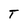
Character: T